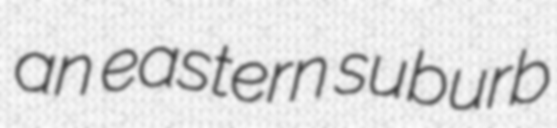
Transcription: an eastern suburb